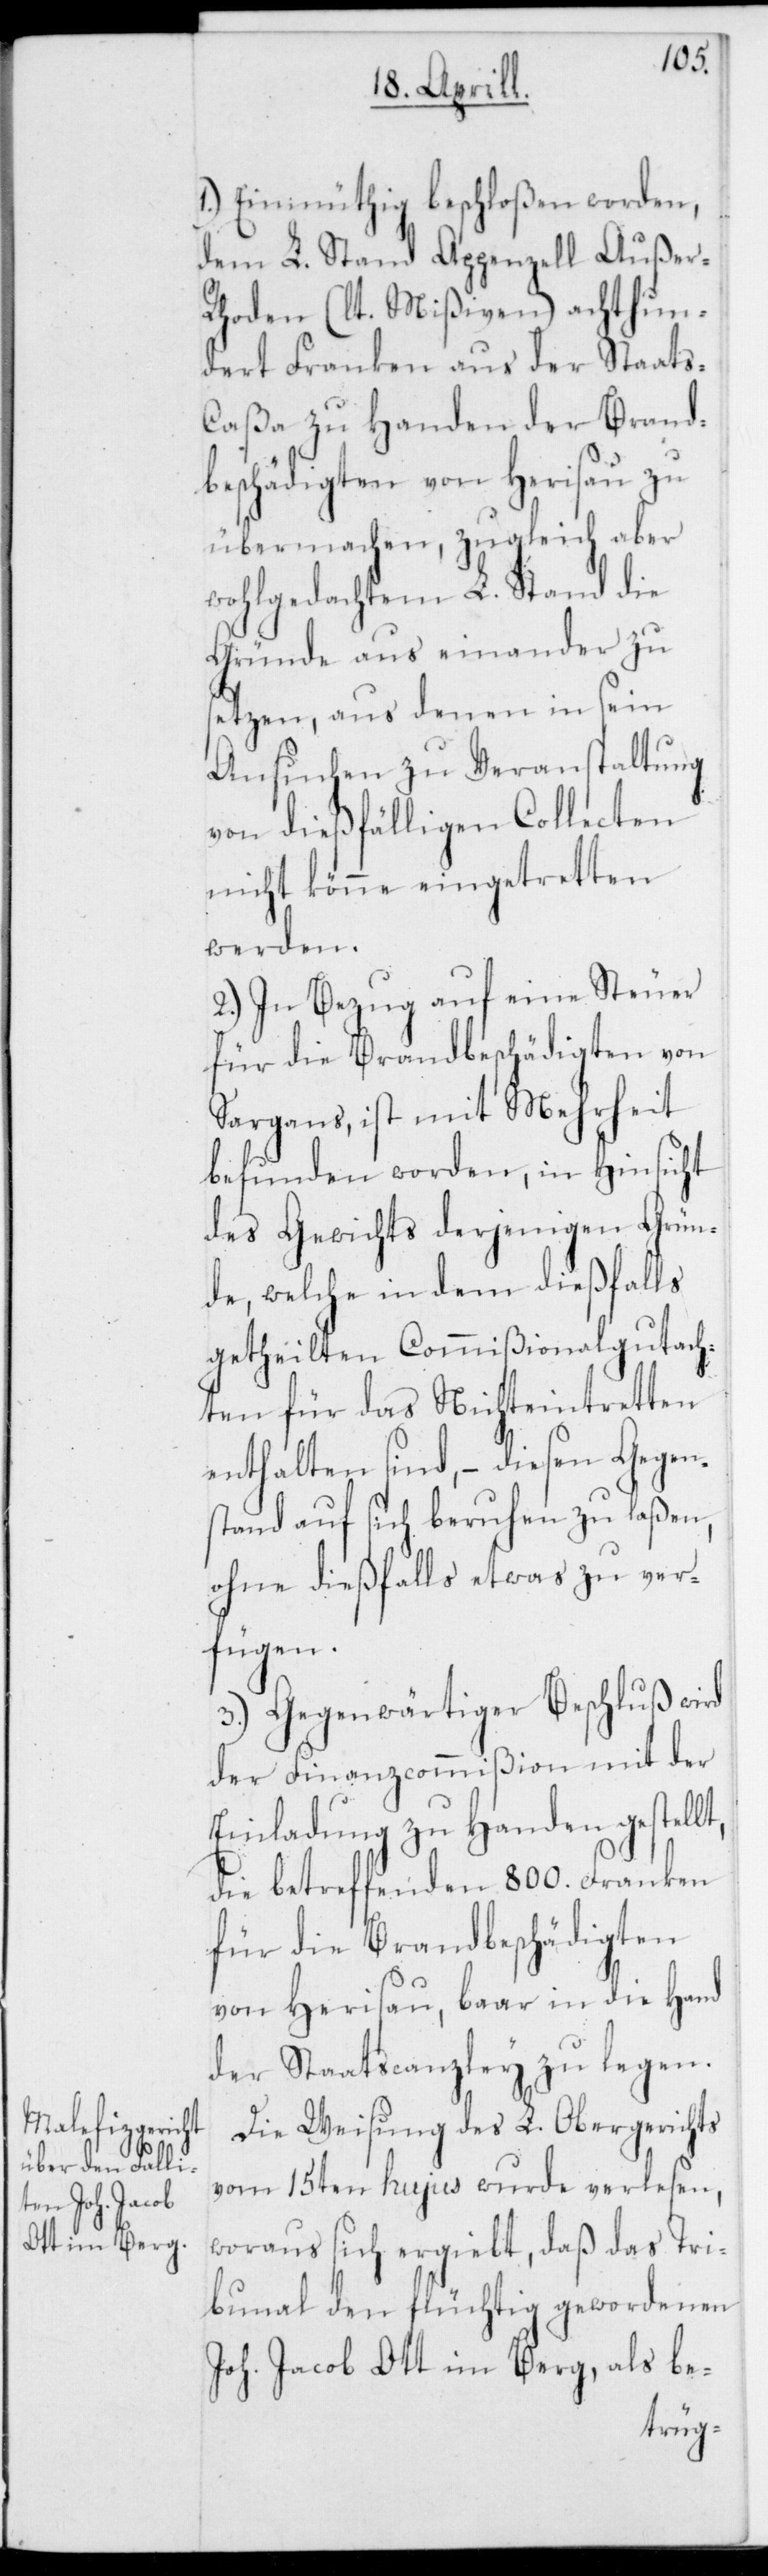
1.) Einmüthig beschloßen worden,
dem L. Stand Appenzell Außer-R¬
hoden (lt. Mißiven) achthun¬
dert Franken aus der Staat¬
s-Caßa zu Handen der Brand¬
beschädigten von Herisau zu
übermachen, zugleich aber
wohlgedachtem L. Stand die
Gründe auseinander zu
setzen, aus denen in sein
Ansuchen zu Veranstaltung
von dießfälligen Collecten
nicht könne eingetretten
werden.
2.) In Bezug auf eine Steuer
für die Brandbeschädigten von
Sargans, ist mit Mehrheit
befunden worden, in Hinsicht
des Gewichts derjenigen Grün¬
de, welche in dem dießfalls
getheilten Commißionalgutach¬
ten für das Nichteintretten
enthalten sind, – diesen Gegen¬
stand auf sich beruhen zu laßen,
ohne dießfalls etwas zu ver¬
fügen.
3.) Gegenwärtiger Beschluß wird
der Finanzcommißion mit der
Einladung zu Handen gestellt,
die betreffenden 800. Franken
für die Brandbeschädigten
von Herisau, baar in die Hand
der Staatscanzley zu legen.
Die Weisung des L. Obergerichts
vom 15ten hujus wurde verlesen,
woraus sich ergiebt, daß das Tri¬
bunal den flüchtig gewordenen
Joh. Jacob Ott im Berg, als be-